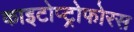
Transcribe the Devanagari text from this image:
काइटोप्ट्रोफोरस